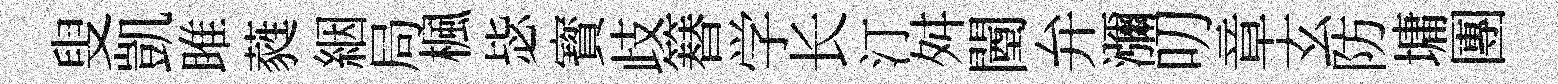
叟凱雎蕤絪局楓毖寳歧簮学长汀舛闉弁瀰叨章玄防墉團